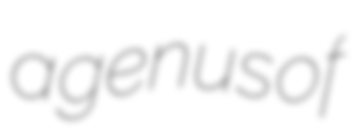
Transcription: a genus of